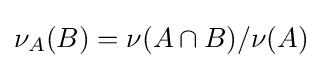
\nu _{A}(B)=\nu (A\cap B)/\nu (A)